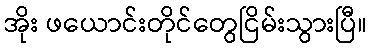
အိုး ဖယောင်းတိုင်တွေငြိမ်းသွားပြီ။